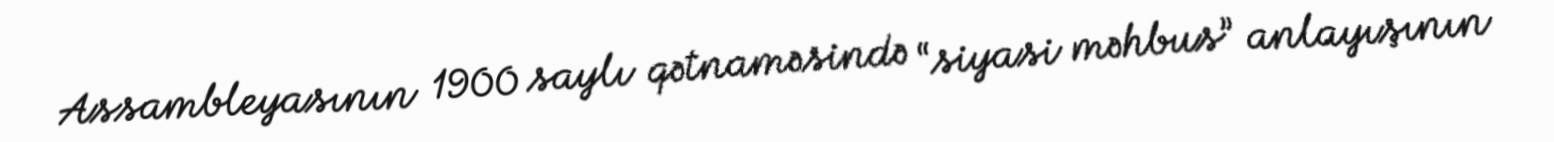
Assambleyasının 1900 saylı qətnaməsində “siyasi məhbus” anlayışının